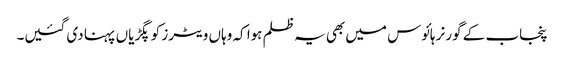
پنجاب کے گورنر ہائوس میں بھی یہ ظلم ہوا کہ وہاں ویٹرز کو پگڑیاں پہنا دی گئیں۔